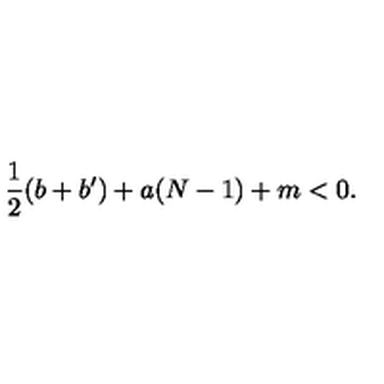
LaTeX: \frac 1 2 ( b + b ^ { \prime } ) + a ( N - 1 ) + m < 0 .